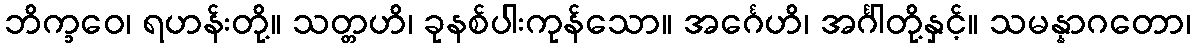
ဘိက္ခဝေ၊ ရဟန်းတို့။ သတ္တဟိ၊ ခုနစ်ပါးကုန်သော။ အင်္ဂေဟိ၊ အင်္ဂါတို့နှင့်။ သမန္နာဂတော၊